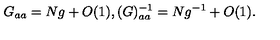
G _ { a a } = N g + O ( 1 ) , ( G ) _ { a a } ^ { - 1 } = N g ^ { - 1 } + O ( 1 ) .